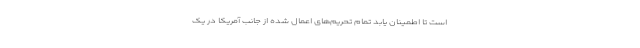
است تا اطمینان یابد تمام تحریم‌های اعمال شده از جانب آمریکا در یک